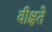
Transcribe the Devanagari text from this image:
वीक्षते